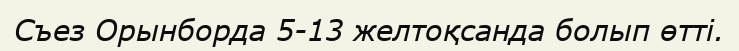
Съез Орынборда 5-13 желтоқсанда болып өтті.